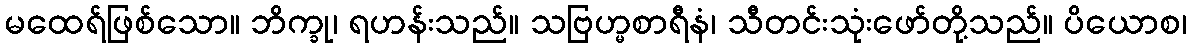
မထေရ်ဖြစ်သော။ ဘိက္ခု၊ ရဟန်းသည်။ သဗြဟ္မစာရီနံ၊ သီတင်းသုံးဖော်တို့သည်။ ပိယောစ၊